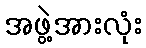
အဖွဲ့အားလုံး